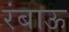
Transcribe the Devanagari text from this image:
रंबाऊ